Indian journal of veterinary science and animal husbandry - Volumes 26-27, 1956-1957
Year: 1956
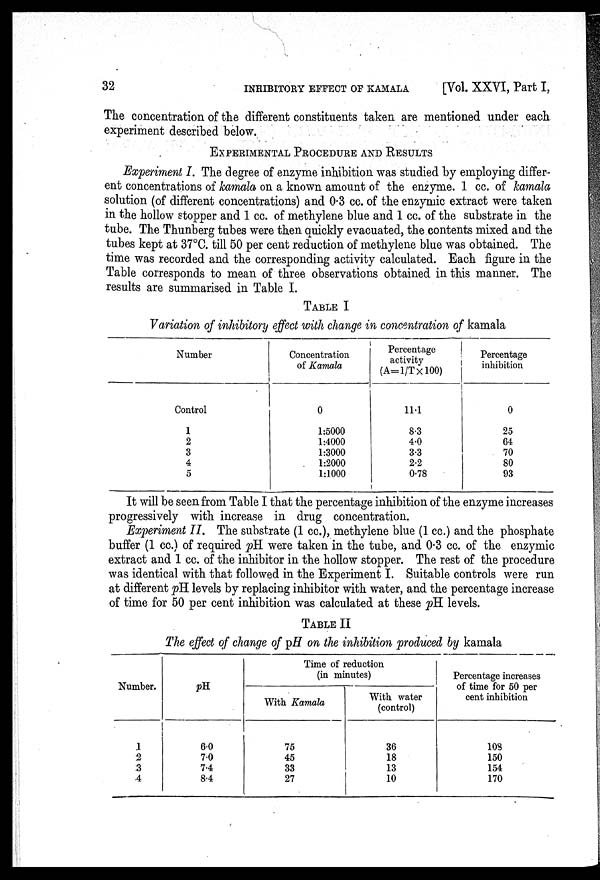
32
INHIBITORY EFFECT OF KAMALA
[Vol. XXVI, Part I,
The concentration of the different constituents taken are mentioned under each
experiment described below.
EXPERIMENTAL PROCEDURE AND RESULT
Experiment I. The degree of enzyme inhibition was studied by employing differ-
ent concentrations of kamala on a known amount of the enzyme. 1 cc. of kamala
solution (of different concentrations) and 0.3 cc. of the enzymic extract were taken
in the hollow stopper and 1 cc. of methylene blue and 1 cc. of the substrate in the
tube. The Thunberg tubes were then quickly evacuated, the contents mixed and the
tubes kept at 37°C. till 50 per cent reduction of methylene blue was obtained. The
time was recorded and the corresponding activity calculated. Each figure in the
Table corresponds to mean of three observations obtained in this manner. The
results are summarised in Table I.
TABLE I
Variation of inhibitory effect with change in concentration of kamala
Number
Control
1
2
3
4
5
Concentration
of Kamala
0
1:5000
1:4000
1:3000
1:2000
1:1000
Percentage
activity
(A=1/T×100)
11.1
8.3
4.0
3.3
2.2
0.78
Percentage
inhibition
0
25
64
70
80
93
It will be seen from Table I that the percentage inhibition of the enzyme increases
progressively with increase in drug concentration.
Experiment II. The substrate (1 cc.), methylene blue (1 cc.) and the phosphate
buffer (1 cc.) of required pH were taken in the tube, and 0.3 cc. of the enzymic
extract and 1 cc. of the inhibitor in the hollow stopper. The rest of the procedure
was identical with that followed in the Experiment I. Suitable controls were run
at different pH levels by replacing inhibitor with water, and the percentage increase
of time for 50 per cent inhibition was calculated at these pH levels.
TABLE II
The effect of change of pH on the inhibition produced by kamala
Number.
1
2
3
4
pH
6.0
7.0
7.4
8.4
Time of reduction
(in minutes)
With Kamala
75
45
33
27
With water
(control)
36
18
13
10
Percentage increases
of time for 50 per
cent inhibition
108
150
154
170